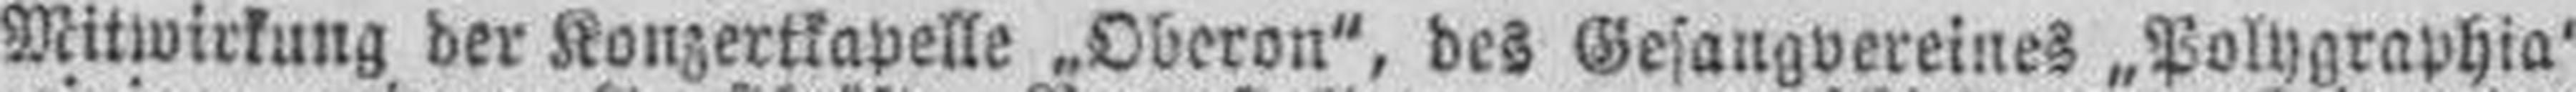
Mitwirkung der Konzertkapelle „Oberon“, des Gesangvereines „Polygraphia“